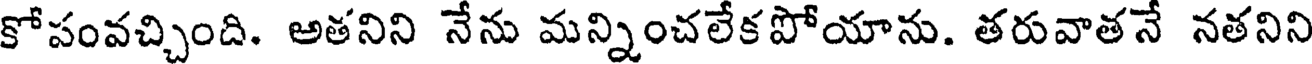
కోపంవచ్చింది. అతనిని నేను మన్నించలేకపోయాను. తరువాతనే నతనిని